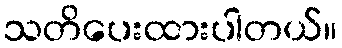
သတိပေးထားပါတယ်။